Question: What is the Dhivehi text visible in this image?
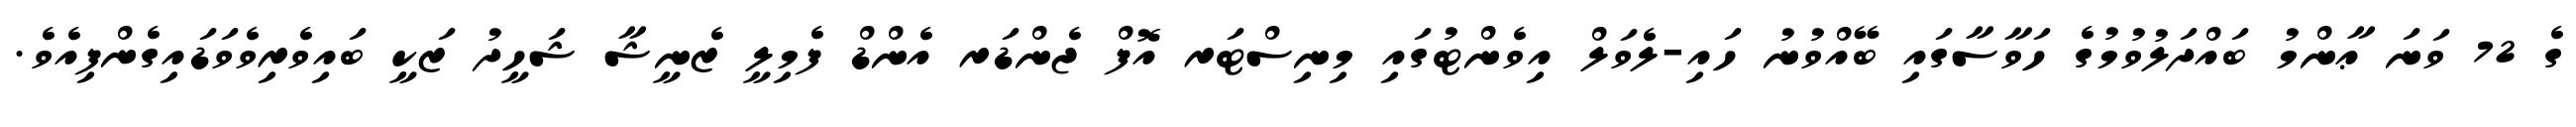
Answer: ގެ 72 ވަނަ ޢާންމު ބައްދަލުވުމުގެ ހަވާސާގައި ބޭއްވުނު ހައި-ލެވަލް އިވެންޓުގައި މިނިސްޓަރ އޮފް ޖެންޑަރ އެންޑް ފެމިލީ ޒެނީޝާ ޝަހީދު ޒަކީ ބައިވެރިވެވަޑައިގެންފިއެވެ.